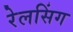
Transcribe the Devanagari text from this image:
रेलसिंग